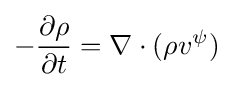
-{\frac {\partial \rho }{\partial t}}=\nabla \cdot (\rho v^{\psi })